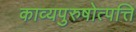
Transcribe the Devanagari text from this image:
काव्यपुरुषोत्पत्ति